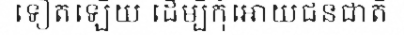
ទៀតឡើយ ដើម្បីកុំអោយជនជាតិ